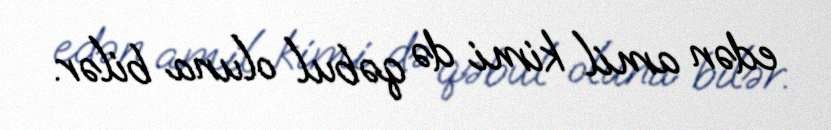
edən amil kimi də qəbul oluna bilər.